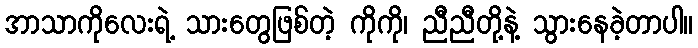
အာသာကိုလေးရဲ့ သားတွေဖြစ်တဲ့ ကိုကို၊ ညီညီတို့နဲ့ သွားနေခဲ့တာပါ။